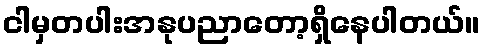
ငါမှတပါးအနုပညာတော့ရှိနေပါတယ်။